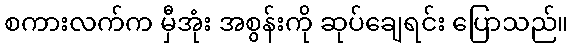
စကားလက်က မှီအုံး အစွန်းကို ဆုပ်ချေရင်း ပြောသည်။